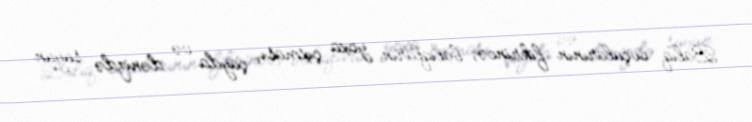
Balıq ovçularının fikrincə, balıqların yoxa çıxması, çayda və dənizdə suyun